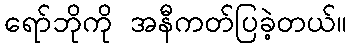
ရော်ဘိုကို အနီကတ်ပြခဲ့တယ်။